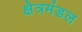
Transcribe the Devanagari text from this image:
क्षेत्रमंडल